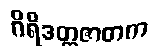
ဂိရိဒတ္တဇာတက